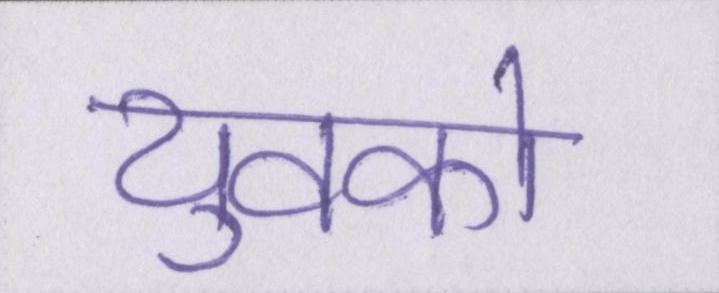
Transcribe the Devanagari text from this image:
युवको